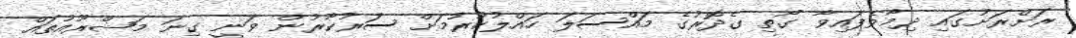
ރަށްރަށުގައި ދިމާވެފައިވާ ގޯތި ގެދޮރުގެ މައްސަލަ ހައްލުކުރުމަށް ސަރުކާރުން ވަނީ ގިނަ މަޝްރޫއުތައް